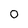
Character: 0